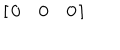
\left[ \begin{array} { c c c } { { 0 } } & { { 0 } } & { { 0 } } \\ \end{array} \right]